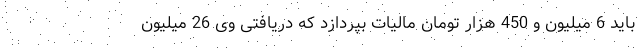
باید 6 میلیون و 450 هزار تومان مالیات بپردازد که دریافتی وی 26 میلیون